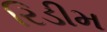
રિડીમ